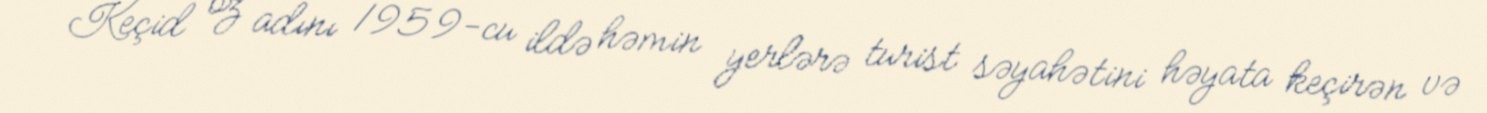
Keçid öz adını 1959-cu ildə həmin yerlərə turist səyahətini həyata keçirən və